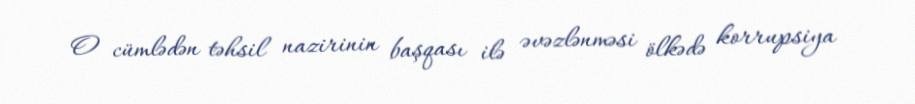
O cümlədən təhsil nazirinin başqası ilə əvəzlənməsi ölkədə korrupsiya